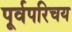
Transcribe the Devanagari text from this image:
पूर्वपरिचय